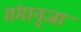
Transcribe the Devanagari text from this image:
गंगानुजा